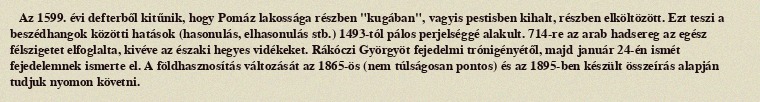
Az 1599. évi defterből kitűnik, hogy Pomáz lakossága részben "kugában", vagyis pestisben kihalt, részben elköltözött. Ezt teszi a beszédhangok közötti hatások (hasonulás, elhasonulás stb.) 1493-tól pálos perjelséggé alakult. 714-re az arab hadsereg az egész félszigetet elfoglalta, kivéve az északi hegyes vidékeket. Rákóczi Györgyöt fejedelmi trónigényétől, majd január 24-én ismét fejedelemnek ismerte el. A földhasznosítás változását az 1865-ös (nem túlságosan pontos) és az 1895-ben készült összeírás alapján tudjuk nyomon követni.